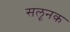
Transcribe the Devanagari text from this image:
सलूनक